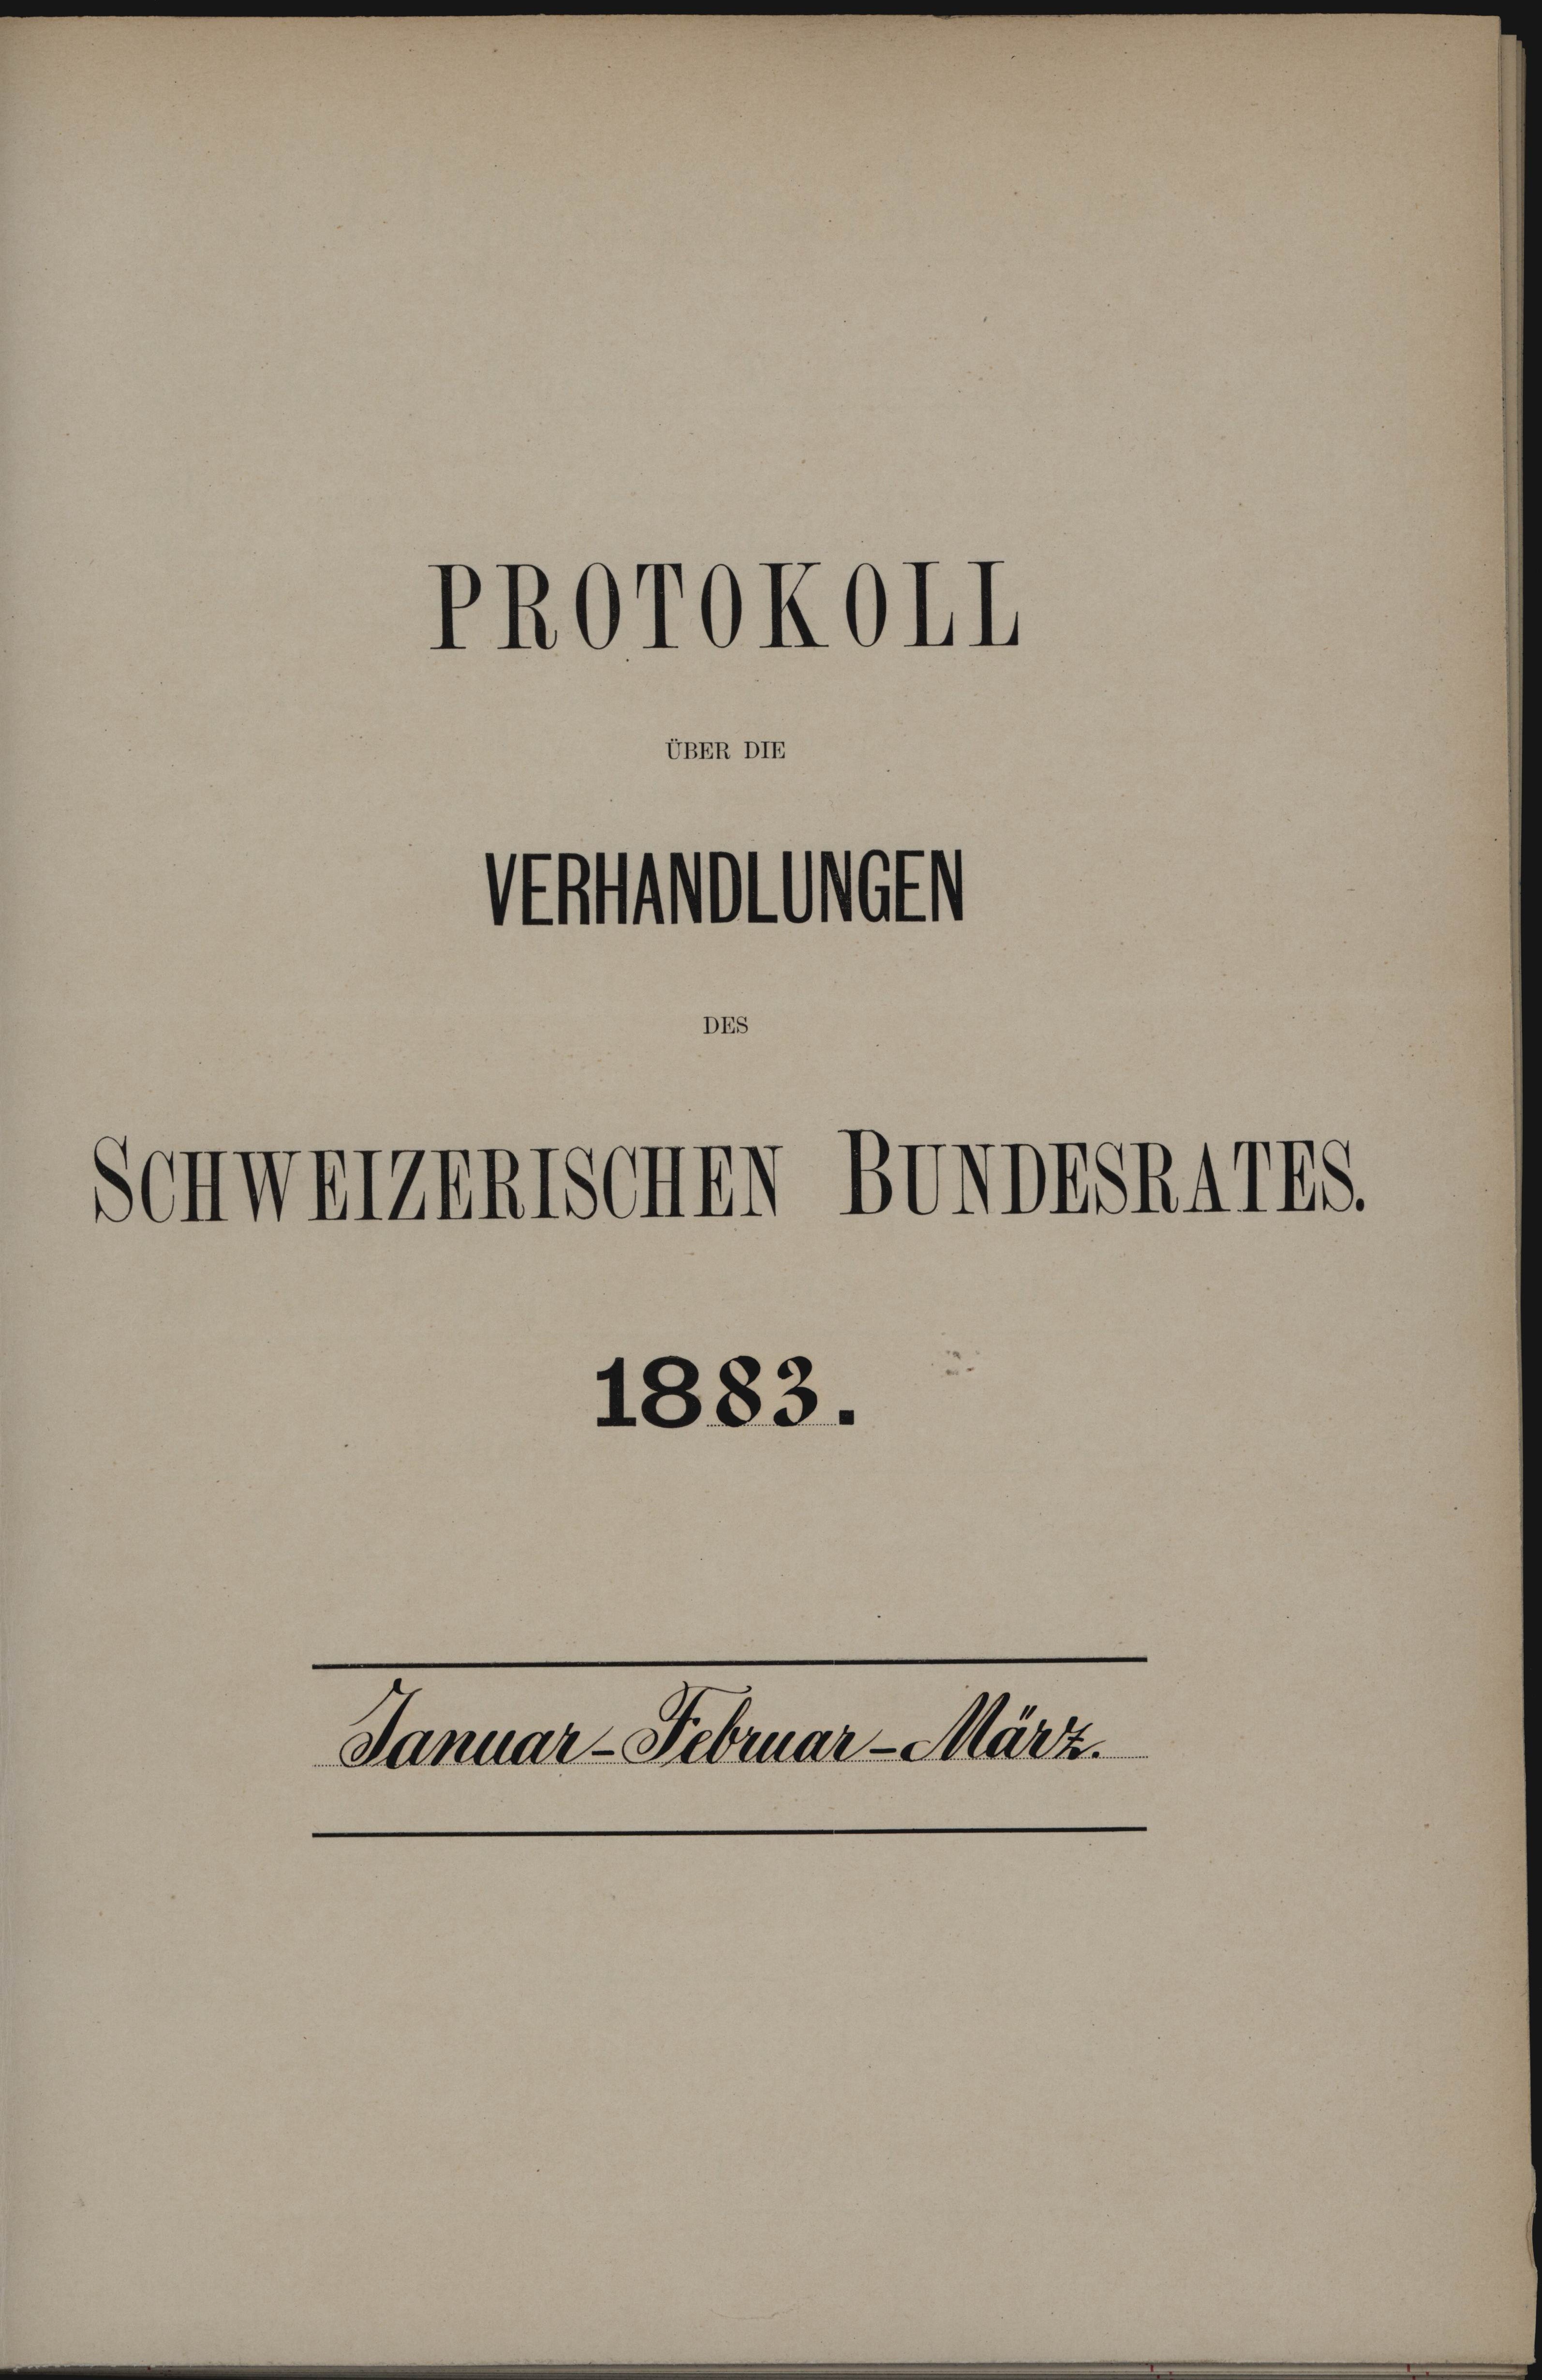
Vertretungen

UBER DIE

Januar - Februar-März.

PROrOKOII

DE

SchweizenTSCHIV BUNDESRATES.

1883.